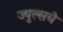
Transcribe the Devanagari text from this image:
ज्युल्सचे